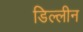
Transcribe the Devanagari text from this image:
डिल्लीन